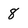
Character: 8